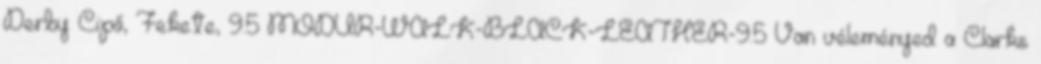
Derby Cipő, Fekete, 9.5 MODUR-WALK-BLACK-LEATHER-9.5 Van véleményed a Clarks